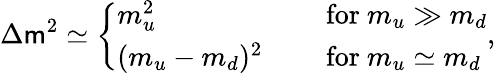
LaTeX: \Delta\mathsf{m}^{2}\simeq\left\{ \begin{array}{ll}{{m_{u}^{2}}}&{{\quad\mathrm{~for~}m_{u}\gg m_{d}}}\\ {{(m_{u}-m_{d})^{2}}}&{{\quad\mathrm{~for~}m_{u}\simeq m_{d}}}\end{array}\right.,